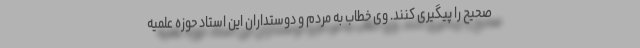
صحیح را پیگیری کنند. وی خطاب به مردم و دوستداران این استاد حوزه علمیه